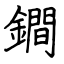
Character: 鐧